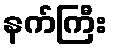
နက်ကြီး